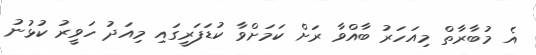
އެ މުބާރާތް މިއަހަރު ބާއްވާ ރަށް ކަމަށްވާ ކުޑަފަރީގައި މިއަދު ހަވީރު ކުޅުނު